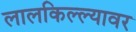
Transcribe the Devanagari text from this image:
लालकिल्ल्यावर